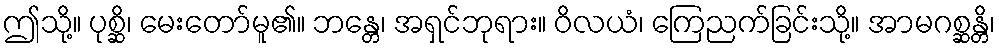
ဤသို့။ ပုစ္ဆိ၊ မေးတော်မူ၏။ ဘန္တေ၊ အရှင်ဘုရား။ ဝိလယံ၊ ကြေညက်ခြင်းသို့။ အာမဂစ္ဆန္တိ၊